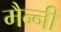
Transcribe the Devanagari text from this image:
मैन्नी